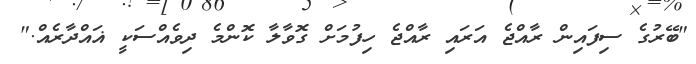
"ބޭރުގެ ސިފައިން ރާއްޖެ އަރައި ރާއްޖެ ހިފުމަށް ގޮވާލާ ކޮންމެ ދިވެއްސަކީ ޣައްދާރެއް."